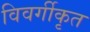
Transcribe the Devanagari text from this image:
विवर्गीकृत